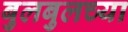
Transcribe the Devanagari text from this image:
बुलबुलच्या